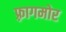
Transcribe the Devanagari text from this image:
फ़्रागमोर